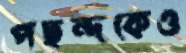
পছন্দকেও